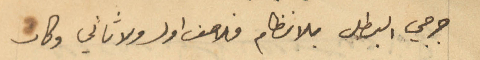
جرجي البطل بلا نظام فلا صف اول ولا ثاني وكان